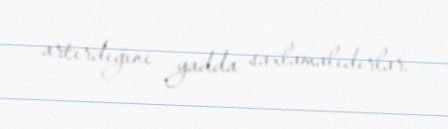
artırdığını yadda saxlamalıdırlar.